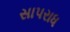
સાપરાધ